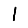
Digit: 1